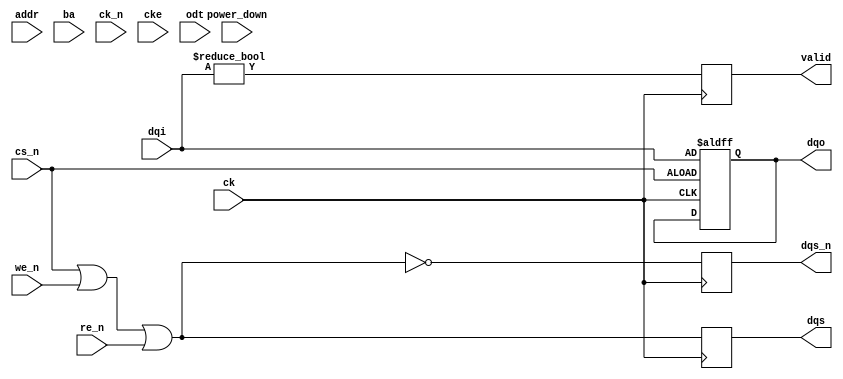
module ddr3_sdram_io_block (
    input wire [15:0] dqi,            // Data Input
    output wire [15:0] dqo,           // Data Output
    input wire [12:0] addr,           // Address
    input wire [2:0] ba,              // Bank Address
    input wire cs_n,                  // Chip Select (active low)
    input wire we_n,                  // Write Enable (active low)
    input wire re_n,                  // Read Enable (active low)
    input wire ck,                    // Clock
    input wire ck_n,                  // Inverted Clock
    output wire dqs,                  // Data Strobe
    output wire dqs_n,                // Inverted Data Strobe
    input wire cke,                   // Clock Enable
    input wire odt,                   // On-die Termination
    input wire power_down,            // Power Down Mode Control
    output wire valid                 // Data Valid Signal
);

// Internal signals
reg [15:0] data_reg;
reg dqs_reg, dqs_n_reg;
reg valid_reg;

// Data I/O Buffers
always @(posedge ck or negedge cs_n) begin
    if (!cs_n) begin
        data_reg <= dqi; // Capture input data on chip select active
    end
end

assign dqo = data_reg; // Output data on data lines

// Control Signals
wire control_signals = ~(cs_n | we_n | re_n);

// Differential Clock Management
always @(posedge ck or negedge cke) begin
    if (!cke) begin
        // Logic to disable clock and enter low power state
    end else begin
        // Logic to handle clock enables
    end
end

// Data Strobe Generation
always @(posedge ck) begin
    dqs_reg <= ~control_signals;   // Example logic for DQS signal
    dqs_n_reg <= control_signals;  // Inverted DQS signal
    valid_reg <= (dqi != 16'b0);    // Simple valid data check
end

assign dqs = dqs_reg;
assign dqs_n = dqs_n_reg;
assign valid = valid_reg;

// On-Die Termination handling
always @(odt) begin
    if (odt) begin
        // Logic to enable on-die termination
    end else begin
        // Logic to disable on-die termination
    end
end

// Error Handling and Power Management Logic
always @(power_down) begin
    if (power_down) begin
        // Logic to handle power down state
    end
end

// Initialization Sequence - Placeholder for actual sequence logic
initial begin
    // Initialization logic for DDR3
end

endmodule